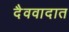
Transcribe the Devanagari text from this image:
दैववादात